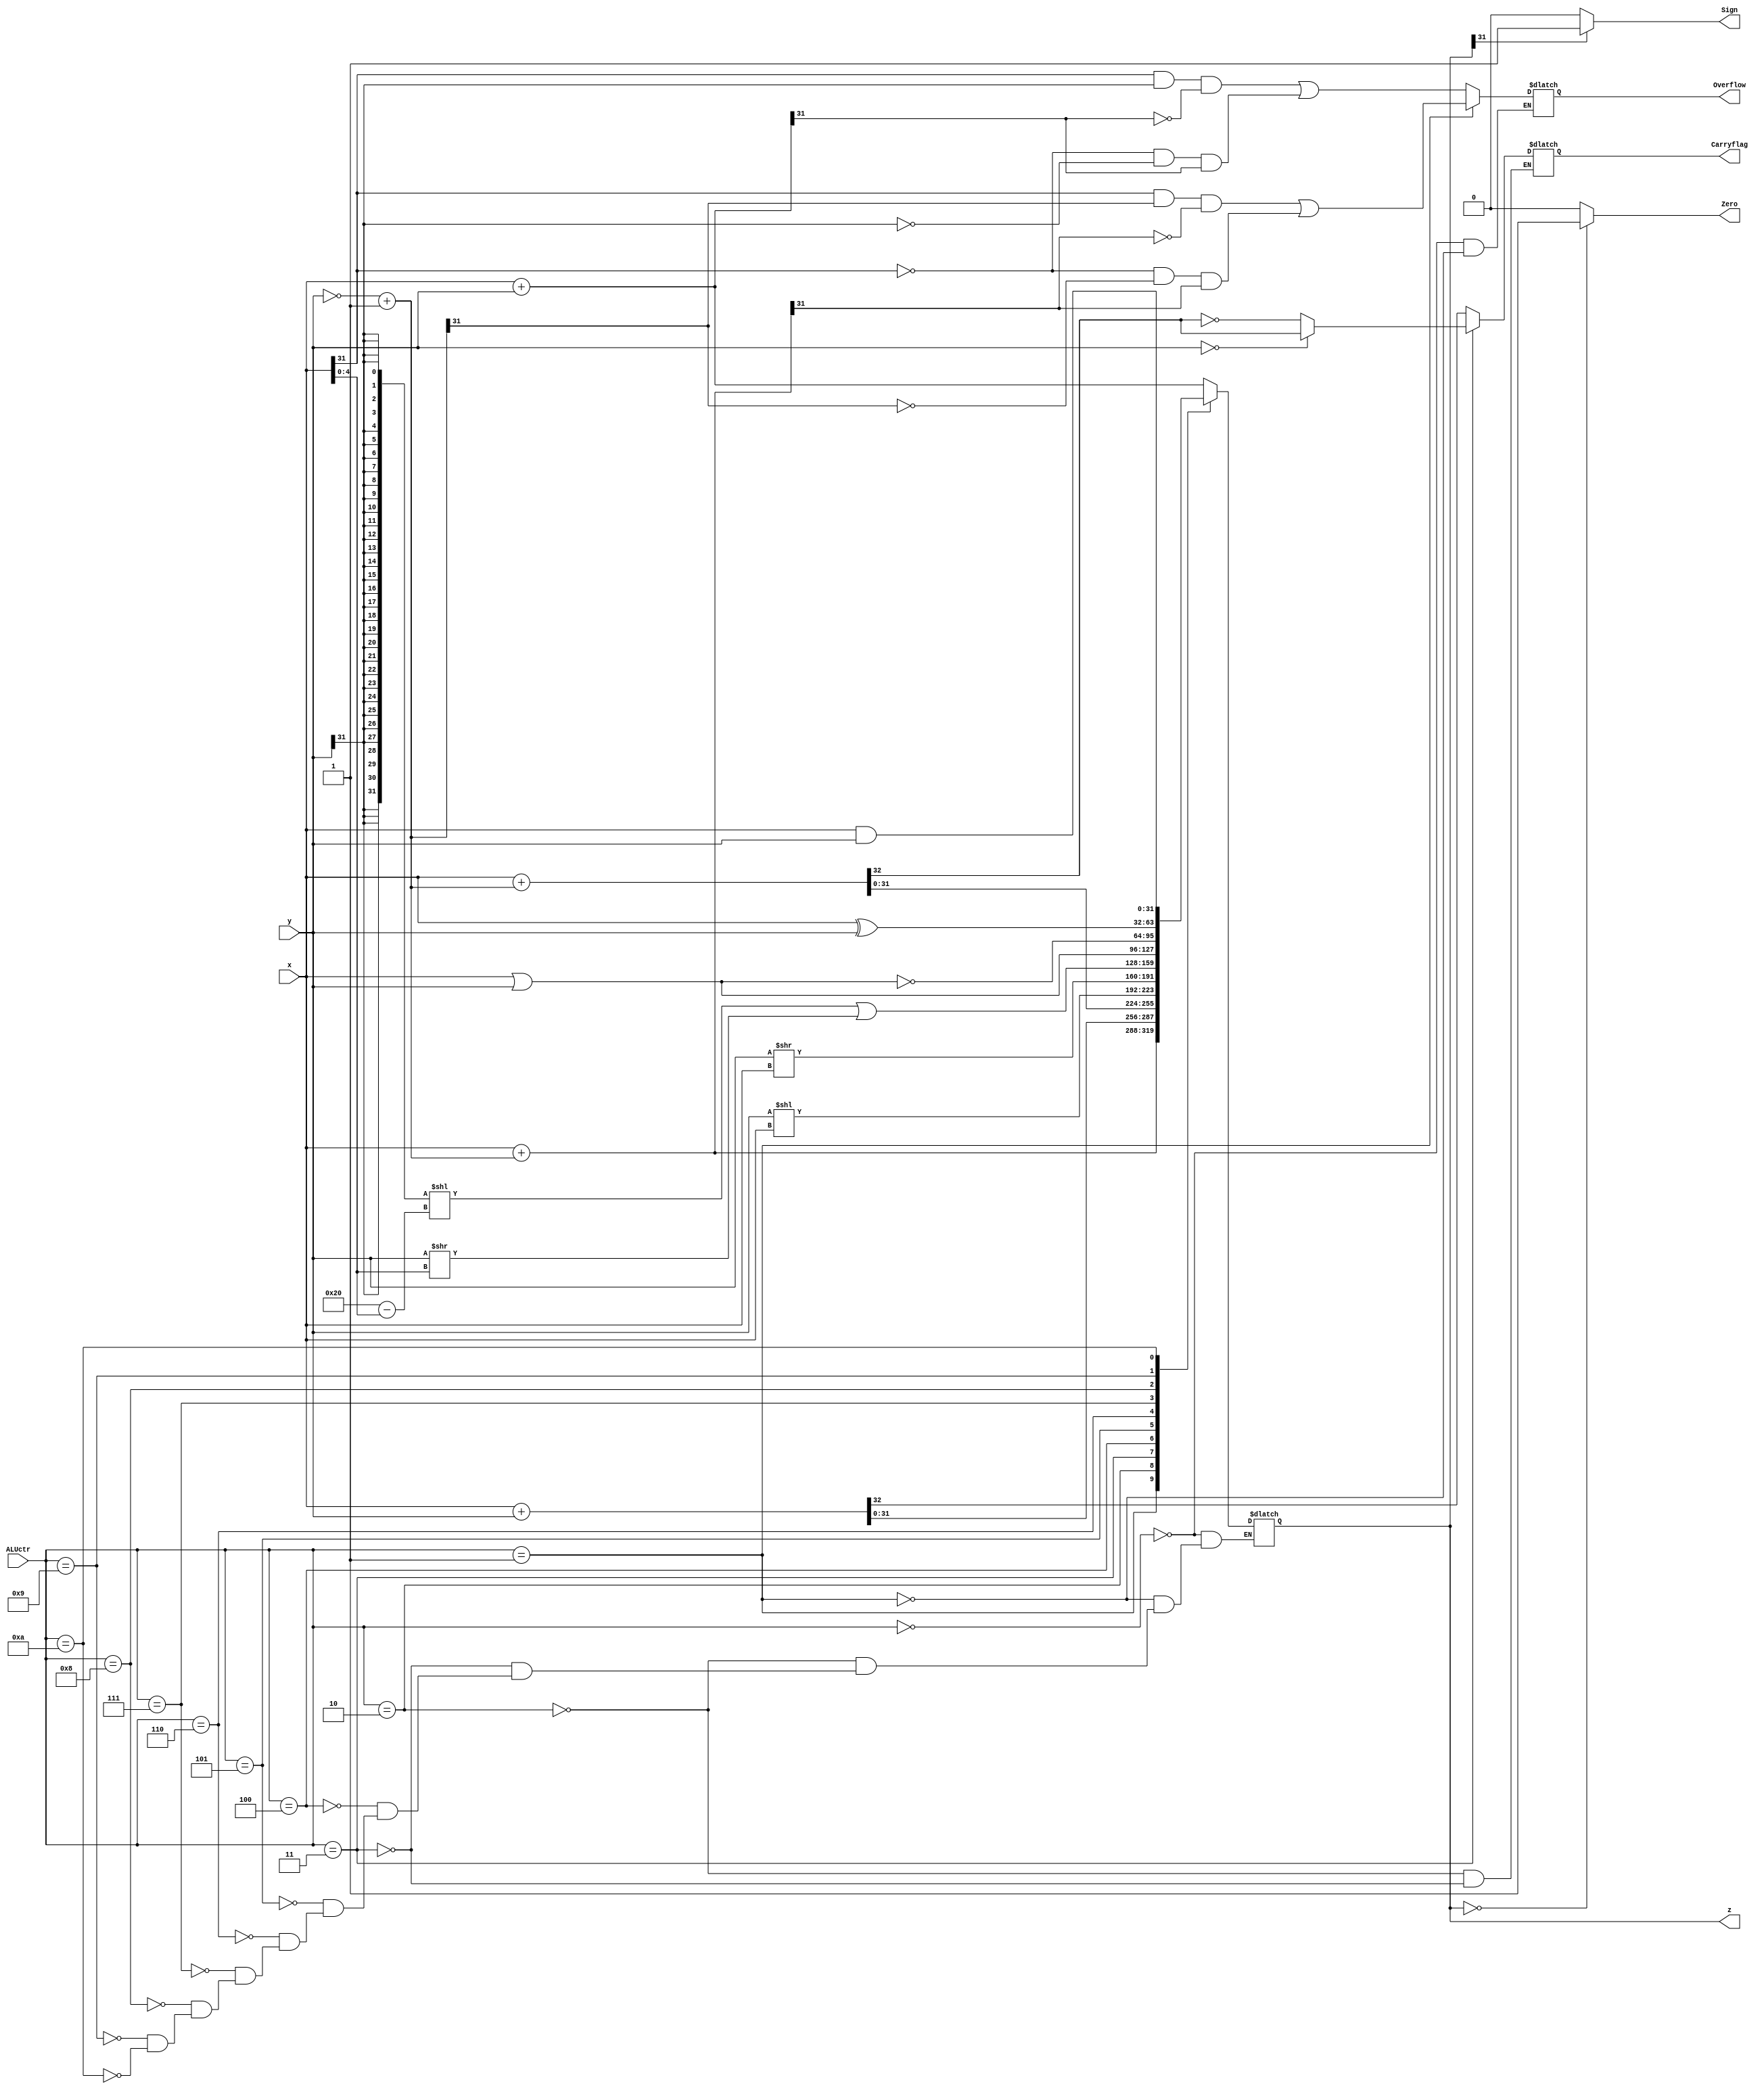
module ALU(
    input[31:0] x,
    input[31:0] y,
    input[3:0] ALUctr,
    output Zero,
    output Sign,//
    output reg Overflow,//  
    output reg Carryflag,////  CF=Sub^Cout
    output reg [31:0] z
);
//ALU add,sub,or,addu,subu  ALUctr3

reg[31:0] temp;
reg Co;
always @(x or y or ALUctr) begin
    case (ALUctr)
        4'b0000:begin//add
            z=x+y;
            Overflow=(x[31]&y[31]&(~z[31]))|((~x[31])&(~y[31])&z[31]);
        end
        4'b0001:begin//sub
            temp=(~y)+32'h00000001;
            z=x+temp;
            Overflow=(x[31]&temp[31]&(~z[31]))|((~x[31])&(~temp[31])&z[31]);
        end
        4'b0010:begin//addu
            {Co,z}=x+y;
            Carryflag=Co;
        end
        4'b0011:begin//subu
            temp=(~y)+32'h00000001;
            {Co,z}=x+temp;
            Carryflag=~Co;
            if(y==0)Carryflag=~Carryflag;
        end
        4'b0100:begin//shift left logical
            z=y<<x;
        end
        4'b0101:begin//shift right logical
            z=y>>x;
        end
        4'b0110:begin//shift right arithmetic
            z=({32{y[31]}}<<(6'd32-{1'b0,x[4:0]}))|(y>>x[4:0]);
        end
        4'b0111:begin//or
            z=x|y;
        end
        4'b1000:begin//nor
            z=~(x|y);
        end
        4'b1001:begin//xor
            z=x^y;
        end
        4'b1010:begin//and
            z=x&y;
        end
    endcase
end
initial begin
    Overflow=1'b0;
    Carryflag=1'b0;
end
assign Zero=(z==0)?1:0;
assign Sign=(z[31]==1'b0)?0:1;
endmodule